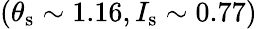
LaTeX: (\theta_{\mathrm{s}}\sim 1.16,I_{\mathrm{s}}\sim 0.77)